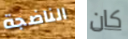
الناضجة كان